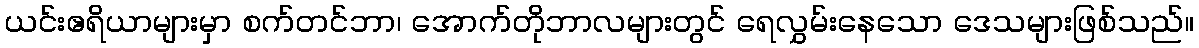
ယင်းဧရိယာများမှာ စက်တင်ဘာ၊ အောက်တိုဘာလများတွင် ရေလွှမ်းနေသော ဒေသများဖြစ်သည်။